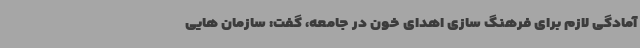
آمادگی لازم برای فرهنگ سازی اهدای خون در جامعه، گفت: سازمان هایی